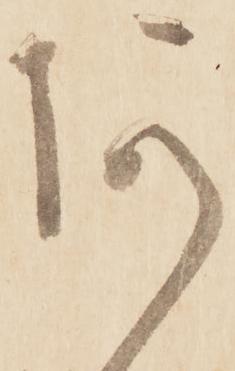
あ